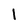
Character: l